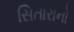
સિતારાનો